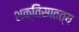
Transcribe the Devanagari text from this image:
शक्तिसातत्य